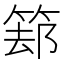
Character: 𱸁